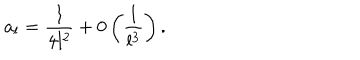
LaTeX: a _ { l } = \displaystyle \frac { 1 } { 4 l ^ { 2 } } + 0 \left( \displaystyle \frac { 1 } { l ^ { 3 } } \right) .